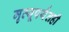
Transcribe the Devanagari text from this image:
मृत्यूपर्यंतही